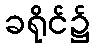
ခရိုင်၌